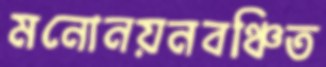
মনোনয়নবঞ্চিত